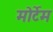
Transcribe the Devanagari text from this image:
मोर्टेम